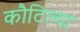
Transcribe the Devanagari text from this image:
कौटिल्या